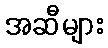
အဆီများ